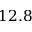
1 2 . 8